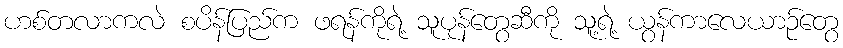
ဟစ်တလာကလဲ စပိန်ပြည်က ဖရန်ကိုရဲ့ သူပုန်တွေဆီကို သူ့ရဲ့ ယွန်ကာလေယာဉ်တွေ